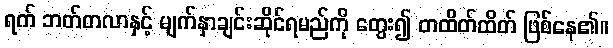
ရက် ဘတ်တလာနှင့် မျက်နှာချင်းဆိုင်ရမည်ကို တွေး၍ တထိတ်ထိတ် ဖြစ်နေ၏။